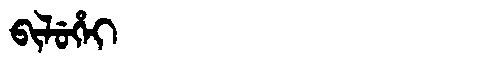
Manchu: ᠪᡳᠯᡠᡥᡝᡳ
Romanization: BILUHEI